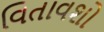
વિતાવશો